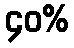
၄၀%